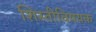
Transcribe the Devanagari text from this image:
शिस्तीविषयक